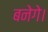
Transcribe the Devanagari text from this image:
बनेगे।